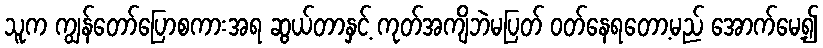
သူက ကျွန်တော်ပြောစကားအရ ဆွယ်တာနှင့် ကုတ်အကျိဘဲမပြတ် ဝတ်နေရတော့မည် အောက်မေ့၍